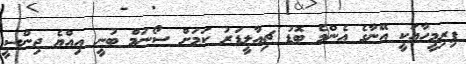
ފިރިމީހާއަކީ އޭނާގެ އެންމެ ބޮޑު ޗިއާލީޑަރު ކަމަށް ސޯނަމް ބުނީ އިއްޔެ ޖިންސީ